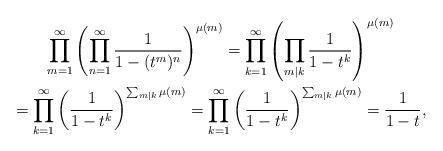
LaTeX: \begin{gather*}\prod_{m=1}^{\infty} \left( \prod_{n=1}^{\infty} \frac{1}{1-(t^m)^n} \right)^{\mu(m)}=\prod_{k=1}^{\infty}\left(\prod_{m \vert k} \frac{1}{1-t^k} \right)^{\mu(m)}\\=\prod_{k=1}^{\infty}\left(\frac{1}{1-t^k} \right)^{\sum_{m \vert k}\mu(m)} =\prod_{k=1}^{\infty}\left(\frac{1}{1-t^k} \right)^{\sum_{m \vert k}\mu(m)}=\frac{1}{1-t},\end{gather*}